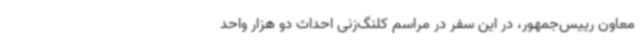
معاون رییس‌جمهور، در این سفر در مراسم کلنگ‌زنی احداث دو هزار واحد